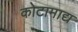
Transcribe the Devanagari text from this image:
कोटामाद्य